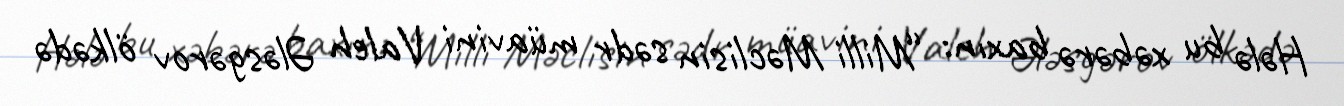
Hələ bu xəbərə baxın: “Milli Məclisin sədr müavini Valeh Ələsgərov ölkədə